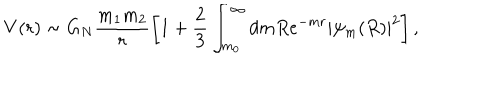
V ( r ) \sim G _ { N } \frac { m _ { 1 } m _ { 2 } } { r } \left[ 1 + \frac { 2 } { 3 } \int _ { m _ { 0 } } ^ { \infty } d m R e ^ { - m r } | \psi _ { m } ( R ) | ^ { 2 } \right] ,